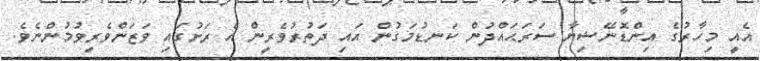
އެއީ މިހާރުގެ އިންޑޮނޭޝިޔާ ސަރަޙައްދުން ކަނޑުމަގުން އައި ދަތުރުވެރީން އެ ރަށުގައި ވަޒަންވެރިވުމުންނެވެ.